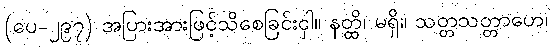
(ပေ-၂၉၇) အပြားအားဖြင့်သိစေခြင်းငှါ။ နတ္ထိ၊ မရှိ။ သတ္တသတ္တာဟေ၊